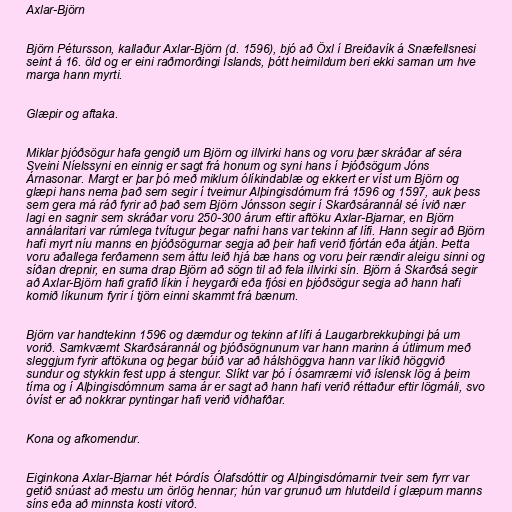
Axlar-Björn

Björn Pétursson, kallaður Axlar-Björn (d. 1596), bjó að Öxl í Breiðavík á Snæfellsnesi
seint á 16. öld og er eini raðmorðingi Íslands, þótt heimildum beri ekki saman um hve
marga hann myrti.

Glæpir og aftaka.

Miklar þjóðsögur hafa gengið um Björn og illvirki hans og voru þær skráðar af séra
Sveini Níelssyni en einnig er sagt frá honum og syni hans í Þjóðsögum Jóns
Árnasonar. Margt er þar þó með miklum ólíkindablæ og ekkert er víst um Björn og
glæpi hans nema það sem segir í tveimur Alþingisdómum frá 1596 og 1597, auk þess
sem gera má ráð fyrir að það sem Björn Jónsson segir í Skarðsárannál sé ívið nær
lagi en sagnir sem skráðar voru 250-300 árum eftir aftöku Axlar-Bjarnar, en Björn
annálaritari var rúmlega tvítugur þegar nafni hans var tekinn af lífi. Hann segir að Björn
hafi myrt níu manns en þjóðsögurnar segja að þeir hafi verið fjórtán eða átján. Þetta
voru aðallega ferðamenn sem áttu leið hjá bæ hans og voru þeir rændir aleigu sinni og
síðan drepnir, en suma drap Björn að sögn til að fela illvirki sín. Björn á Skarðsá segir
að Axlar-Björn hafi grafið líkin í heygarði eða fjósi en þjóðsögur segja að hann hafi
komið líkunum fyrir í tjörn einni skammt frá bænum.

Björn var handtekinn 1596 og dæmdur og tekinn af lífi á Laugarbrekkuþingi þá um
vorið. Samkvæmt Skarðsárannál og þjóðsögnunum var hann marinn á útlimum með
sleggjum fyrir aftökuna og þegar búið var að hálshöggva hann var líkið höggvið
sundur og stykkin fest upp á stengur. Slíkt var þó í ósamræmi við íslensk lög á þeim
tíma og í Alþingisdómnum sama ár er sagt að hann hafi verið réttaður eftir lögmáli, svo
óvíst er að nokkrar pyntingar hafi verið viðhafðar.

Kona og afkomendur.

Eiginkona Axlar-Bjarnar hét Þórdís Ólafsdóttir og Alþingisdómarnir tveir sem fyrr var
getið snúast að mestu um örlög hennar; hún var grunuð um hlutdeild í glæpum manns
síns eða að minnsta kosti vitorð.